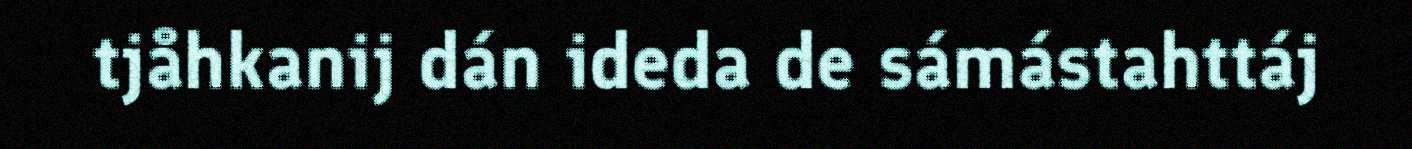
tjåhkanij dán ideda de sámástahttáj